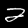
Digit: 2